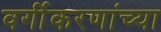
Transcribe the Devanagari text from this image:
वर्गीकरणांच्या